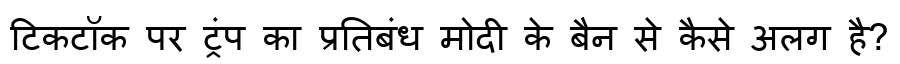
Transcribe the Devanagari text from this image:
टिकटॉक पर ट्रंप का प्रतिबंध मोदी के बैन से कैसे अलग है?